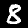
Digit: 8